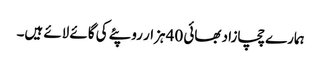
ہمارے چچازاد بھائی 40 ہزار روپئے کی گائے لائے ہیں۔